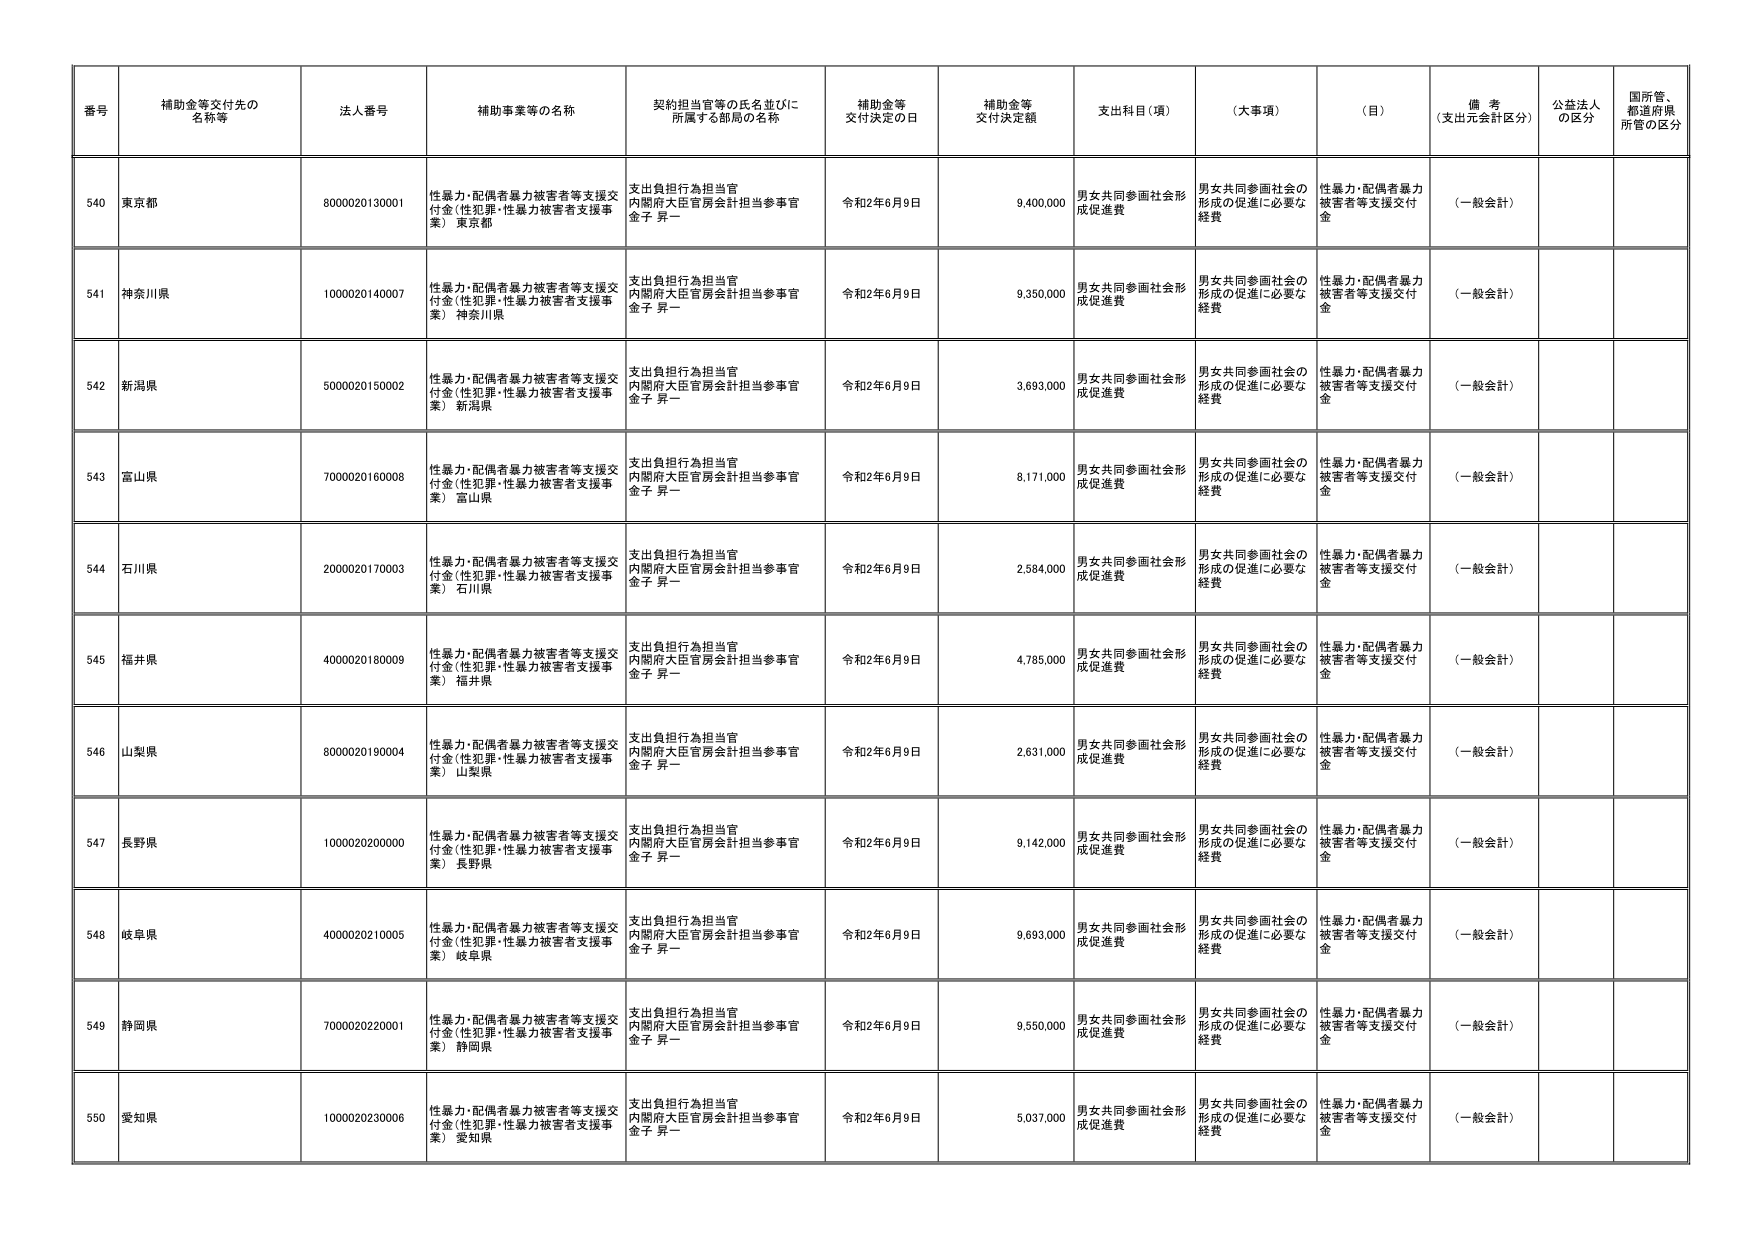
番号 補助金等交付先の名称等 法人番号 補助事業等の名称 契約担当官等の氏名並びに所属する部局の名称 補助金等交付決定の日 補助金等交付決定額 支出科目（項） （大事項） （目） 備考（支出元会計区分） 公益法人の区分 国所管、都道府県所管の区分
540 東京都 8000020130001 性暴力・配偶者暴力被害者等支援交付金（性犯罪・性暴力被害者支援事業） 東京都 支出負担行為担当官 内閣府大臣官房会計担当参事官 金子 昇一 令和2年6月9日 9,400,000 男女共同参画社会形成促進費 男女共同参画社会の形成の促進に必要な経費 性暴力・配偶者暴力被害者等支援交付金 （一般会計）
541 神奈川県 1000020140007 性暴力・配偶者暴力被害者等支援交付金（性犯罪・性暴力被害者支援事業） 神奈川県 支出負担行為担当官 内閣府大臣官房会計担当参事官 金子 昇一 令和2年6月9日 9,350,000 男女共同参画社会形成促進費 男女共同参画社会の形成の促進に必要な経費 性暴力・配偶者暴力被害者等支援交付金 （一般会計）
542 新潟県 5000020150002 性暴力・配偶者暴力被害者等支援交付金（性犯罪・性暴力被害者支援事業） 新潟県 支出負担行為担当官 内閣府大臣官房会計担当参事官 金子 昇一 令和2年6月9日 3,693,000 男女共同参画社会形成促進費 男女共同参画社会の形成の促進に必要な経費 性暴力・配偶者暴力被害者等支援交付金 （一般会計）
543 富山県 7000020160008 性暴力・配偶者暴力被害者等支援交付金（性犯罪・性暴力被害者支援事業） 富山県 支出負担行為担当官 内閣府大臣官房会計担当参事官 金子 昇一 令和2年6月9日 8,171,000 男女共同参画社会形成促進費 男女共同参画社会の形成の促進に必要な経費 性暴力・配偶者暴力被害者等支援交付金 （一般会計）
544 石川県 2000020170003 性暴力・配偶者暴力被害者等支援交付金（性犯罪・性暴力被害者支援事業） 石川県 支出負担行為担当官 内閣府大臣官房会計担当参事官 金子 昇一 令和2年6月9日 2,584,000 男女共同参画社会形成促進費 男女共同参画社会の形成の促進に必要な経費 性暴力・配偶者暴力被害者等支援交付金 （一般会計）
545 福井県 4000020180009 性暴力・配偶者暴力被害者等支援交付金（性犯罪・性暴力被害者支援事業） 福井県 支出負担行為担当官 内閣府大臣官房会計担当参事官 金子 昇一 令和2年6月9日 4,785,000 男女共同参画社会形成促進費 男女共同参画社会の形成の促進に必要な経費 性暴力・配偶者暴力被害者等支援交付金 （一般会計）
546 山梨県 8000020190004 性暴力・配偶者暴力被害者等支援交付金（性犯罪・性暴力被害者支援事業） 山梨県 支出負担行為担当官 内閣府大臣官房会計担当参事官 金子 昇一 令和2年6月9日 2,631,000 男女共同参画社会形成促進費 男女共同参画社会の形成の促進に必要な経費 性暴力・配偶者暴力被害者等支援交付金 （一般会計）
547 長野県 1000020200000 性暴力・配偶者暴力被害者等支援交付金（性犯罪・性暴力被害者支援事業） 長野県 支出負担行為担当官 内閣府大臣官房会計担当参事官 金子 昇一 令和2年6月9日 9,142,000 男女共同参画社会形成促進費 男女共同参画社会の形成の促進に必要な経費 性暴力・配偶者暴力被害者等支援交付金 （一般会計）
548 岐阜県 4000020210005 性暴力・配偶者暴力被害者等支援交付金（性犯罪・性暴力被害者支援事業） 岐阜県 支出負担行為担当官 内閣府大臣官房会計担当参事官 金子 昇一 令和2年6月9日 9,693,000 男女共同参画社会形成促進費 男女共同参画社会の形成の促進に必要な経費 性暴力・配偶者暴力被害者等支援交付金 （一般会計）
549 静岡県 7000020220001 性暴力・配偶者暴力被害者等支援交付金（性犯罪・性暴力被害者支援事業） 静岡県 支出負担行為担当官 内閣府大臣官房会計担当参事官 金子 昇一 令和2年6月9日 9,550,000 男女共同参画社会形成促進費 男女共同参画社会の形成の促進に必要な経費 性暴力・配偶者暴力被害者等支援交付金 （一般会計）
550 愛知県 1000020230006 性暴力・配偶者暴力被害者等支援交付金（性犯罪・性暴力被害者支援事業） 愛知県 支出負担行為担当官 内閣府大臣官房会計担当参事官 金子 昇一 令和2年6月9日 5,037,000 男女共同参画社会形成促進費 男女共同参画社会の形成の促進に必要な経費 性暴力・配偶者暴力被害者等支援交付金 （一般会計）